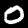
Digit: 0